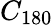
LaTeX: C_{180}